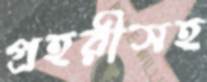
প্রহরীসহ